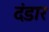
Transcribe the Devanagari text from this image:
दंडार